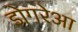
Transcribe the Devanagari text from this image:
डोगरेआ